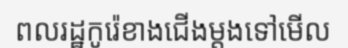
ពលរដ្ឋកូរ៉េខាងជើងម្តងទៅមើល